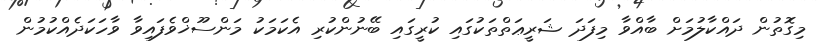
މިގޮތުން ދައްކާލުމަށް ބާއްވާ މިފަދަ ޝަރީޢަތްތަކުގައި ކުރީގައި ބޭނުންކުރި އެކަމަކު މަންސޫޚްވެފައިވާ ވާހަކަދެއްކުމުން